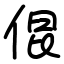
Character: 倱